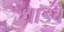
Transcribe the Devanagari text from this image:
धाडवे